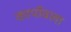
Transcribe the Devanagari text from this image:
कार्पोवला